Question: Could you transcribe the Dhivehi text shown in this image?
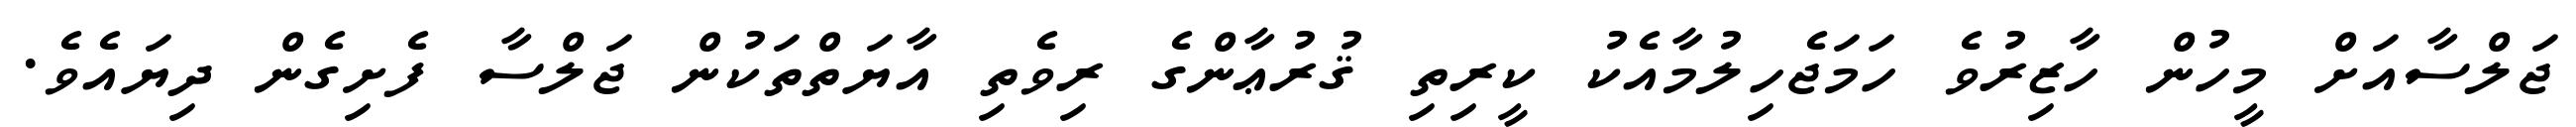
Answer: ޖަލްސާއަށް މީހުން ހާޒިރުވެ ހަމަޖެހިލުމާއެކު ކީރިތި ޤުރުޢާންގެ ރިވެތި އާޔަތްތަކުން ޖަލްސާ ފެށިގެން ދިޔައެވެ.